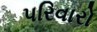
પરિવારો